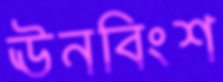
ঊনবিংশ